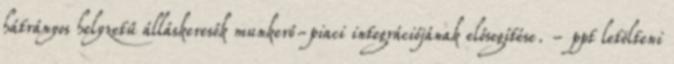
hátrányos helyzetű álláskeresők munkerő-piaci integrációjának elősegítése. - ppt letölteni